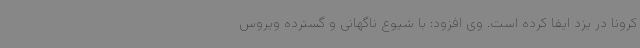
کرونا در یزد ایفا کرده است. وی افزود: با شیوع ناگهانی و گسترده ویروس